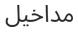
مداخيل